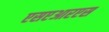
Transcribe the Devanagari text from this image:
एसएआरएस